King Institute of Preventive Medicine Micro-Biological Section reports 1909-11
Year: 1909
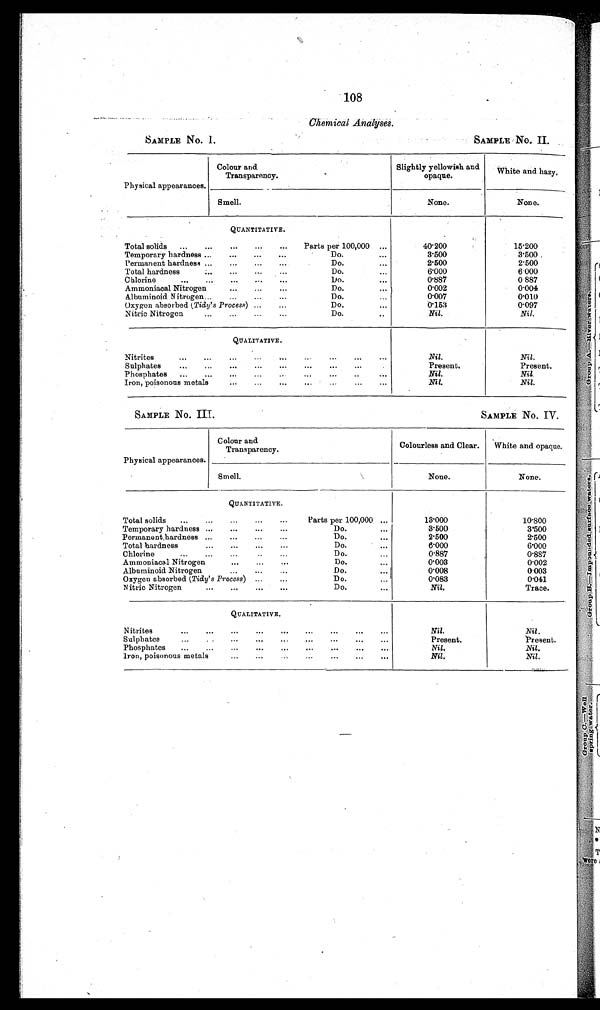
SAMPLE No. 1.
SAMPLE No. II .
SAMPLE No. IIT.
SAMPLE No. IV.
108
Chemical Analyses.
Physical appearances.
Colour and
Transparency.
Slightly yellowish and
opaque.
White and hazy.
Smell.
None.
None.
QUANTITATIVE.
Total solids
...
...
...
...
...
Parts per 100,000 ...
40.200
15.200
Temporary hardness ...
...
...
...
Do.
...
3.500
3.500
Permanent hardness ...
...
...
Do.
...
2.500
2.500
Total hardness
6.000
6.000
Do.
...
0.887
0 887
Chlorine
...
...
...
...
...
Do.
...
Ammoniacal Nitrogen
...
...
...
Do.
...
0.002
0.004
Albuminoid Nitrogen...
...
...
...
Do.
...
0.007
0'010
Oxygren absorbed (Tidy's Process) ...
...
Do.
...
0.153
0097
Nitric Nitrogen
...
...
...
...
Do.
..
Nil.
Nil.
QUALITATIVE.
Nitrites
...
...
...
...
...
...
...
. . .
.Nil.
Nil.
Present.
Sulphates
...
...
...
...
...
...
...
....
Present.
Phosphates
...
...
...
...
...
...
..
...
Nil.
Nil.
...
...
...
..
..
Iron, poisonous metals
...
...
Nil.
Nil.
Physical appearances.
Colour and
Transparency.
Colourless and Clear.
.....
.
White and opaque.
Smell.
None.
None.
QUANTITATIVE.
Total solids
...
...
...
...
...
Parts per 100,000 ...
13'000
10.800
Temporary hardness ...
...
...
...
Do.
...
3.500
3'500
Permanenthardness ...
...
...
Do.
2.500
2.500
Total hardness
...
...
...
...
.
Do.
...
6'000
6'000
Chlorine
...
...
...
. . . ..
Do.
0'887
0'887
Ammoniacal Nitrogen
...
...
...
Do.
...
0'003
0.002
Albuminoid Nitrogen
...
...
...
Do.
...
0'008
0.003
Do.
Oxygen absorbed (Tidy's Process) ...
...
0'083
0'041
Nitric Nitrogen
...
...
a..
...
Do.
...
Nil.
Trace.
QUALITATIVE.
Nitrites
...
...
...
...
...
...
...
...
Nil.
Nil.
Sulphates
...
. . ... ... ... ... ... ... ...
Present.
Present.
Phosphates
...
...
...
...
...
...
...
Nil.
Nil.
Iron, poisonous metals
...
...
...
...
...
...
...
Nil.
Nil.
.. .